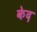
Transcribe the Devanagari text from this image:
केद